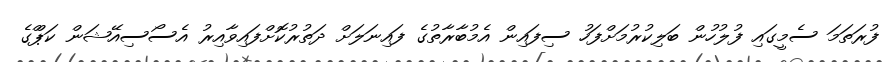
ފުރަތަމަ ސެމީގައި ފުލުހުން ބަލިކުރުމަށްފަހު ސިފައިން އެމުބާރާތުގެ ފައިނަލަށް ދަތުރުކޮށްފައިވާއިރު އެސޯސިއޭޝަން ކަޕްްގެ